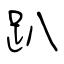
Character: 趴